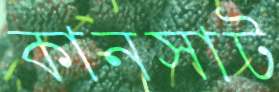
কানসাট